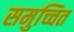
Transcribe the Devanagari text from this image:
समुच्चित